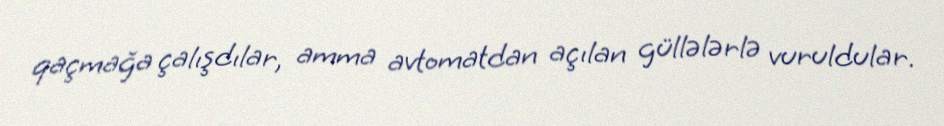
qaçmağa çalışdılar, amma avtomatdan açılan güllələrlə vuruldular.